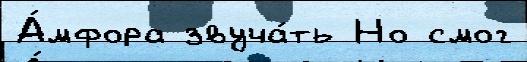
А́мфора звуча́ть Но смог